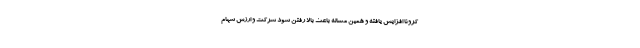
کرونا افزایش یافته و همین مساله باعث بالا رفتن سود شرکت و ارزش سهام